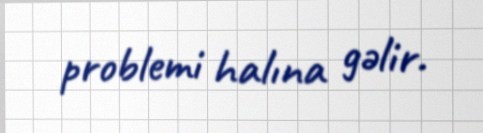
problemi halına gəlir.